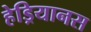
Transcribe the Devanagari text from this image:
हेड्रियानस